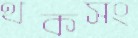
থকসং